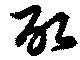
取